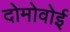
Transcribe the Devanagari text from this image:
दोमोवोई